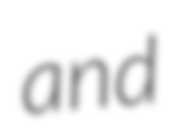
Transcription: and